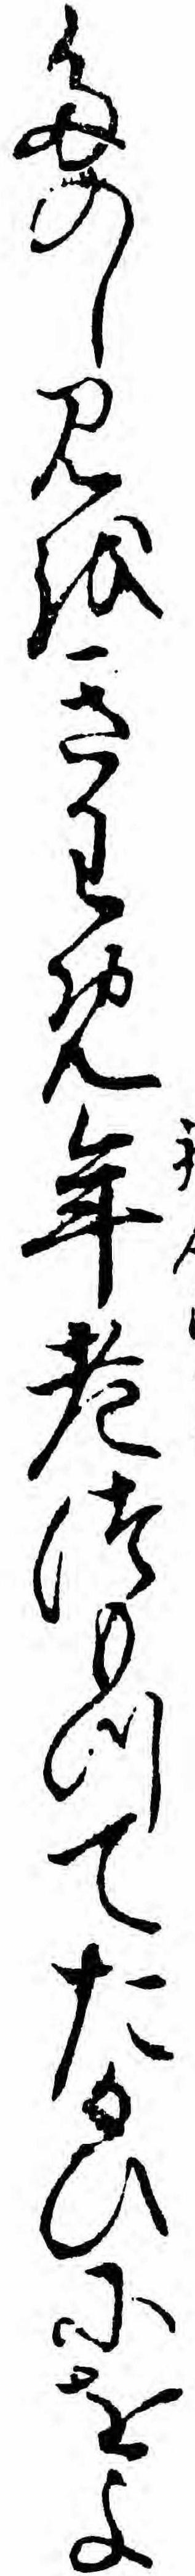
たのしみをきわめ年老つもつてたかひにをよ